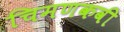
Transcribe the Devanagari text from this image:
चिमणकवी